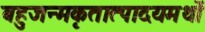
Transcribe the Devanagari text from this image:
बहुजन्मकृतात्पादयमर्थो